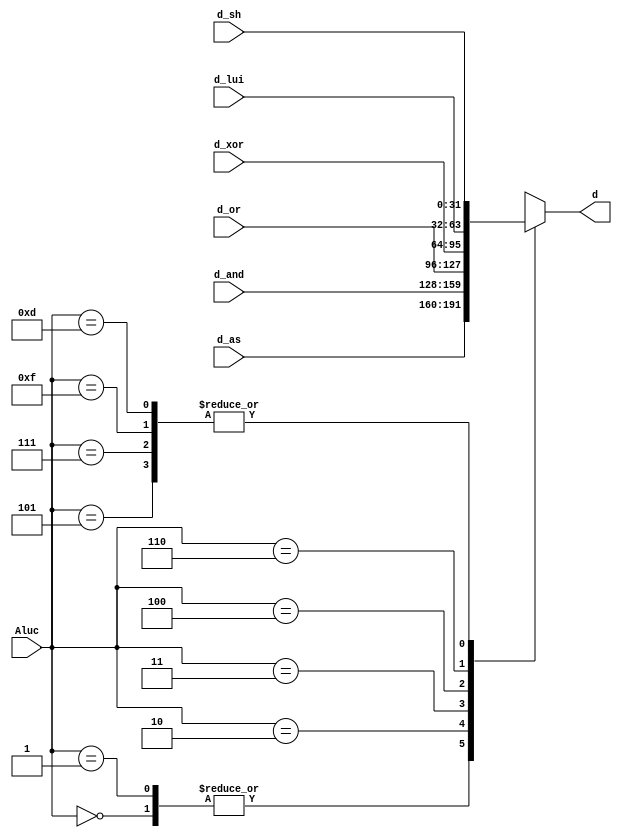
`timescale 1ns / 1ps
//////////////////////////////////////////////////////////////////////////////////
// Company: 
// Engineer: 
// 
// Design Name: 
// Module Name: MUX6X32
// Project Name: 
// Target Devices: 
// Tool Versions: 
// Description: 
// 
// Dependencies: 
// 
// Revision:
// Revision 0.01 - File Created
// Additional Comments:
// 
//////////////////////////////////////////////////////////////////////////////////


module MUX6X32(d_and,d_or,d_xor,d_lui,d_sh,d_as,Aluc,d);
    input [31:0]d_and,d_or,d_xor,d_lui,d_sh,d_as;
    input [3:0]Aluc;
    output [31:0]d;
    function [31:0]select;
        input [31:0]d_and,d_or,d_xor,d_lui,d_sh,d_as;
        input [3:0]Aluc;
            case(Aluc)
                4'b0000:select=d_as;
                4'b0001:select=d_as;
                4'b0010:select=d_and;
                4'b0011:select=d_or;
                4'b0100:select=d_xor;
                4'b0110:select=d_lui;
                4'b0101:select=d_sh;
                4'b0111:select=d_sh;
                4'b1111:select=d_sh;
                4'b1101:select=d_sh;
            endcase
    endfunction
    assign d=select(d_and,d_or,d_xor,d_lui,d_sh,d_as,Aluc);
endmodule